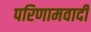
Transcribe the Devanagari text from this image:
परिणामवादी